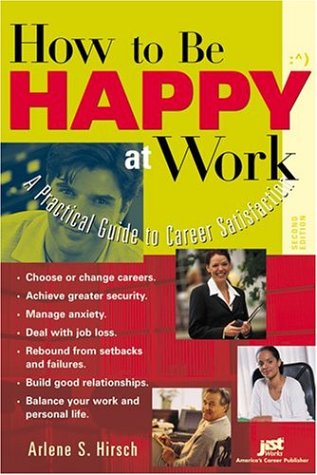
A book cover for How to Be Happy at Work: A Practical Guide to Career Satisfaction; Arlene S. Hirsch; Business & Money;